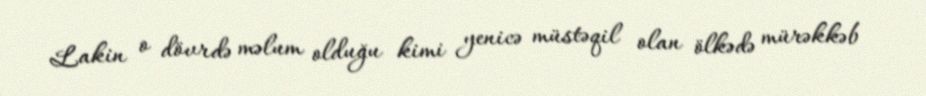
Lakin o dövrdə məlum olduğu kimi yenicə müstəqil olan ölkədə mürəkkəb